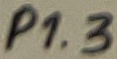
Text: P1.3